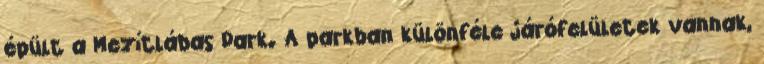
épült a Mezítlábas Park. A parkban különféle járófelületek vannak,